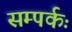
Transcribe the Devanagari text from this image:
सम्पर्कः